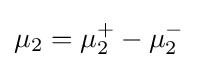
\mu _{2}=\mu _{2}^{+}-\mu _{2}^{-}